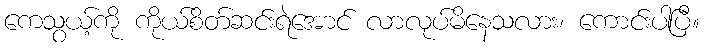
ကေသွယ့်ကို ကိုယ်စိတ်ဆင်းရဲအောင် လာလုပ်မိနေသလား၊ ကောင်းပါပြီ။